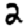
Digit: 2